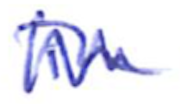
Text: in
Cross-out: zig-zag
Writing tool: ballpoint